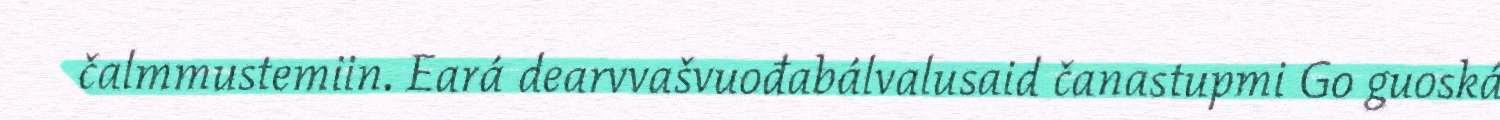
čalmmustemiin. Eará dearvvašvuođabálvalusaid čanastupmi Go guoská